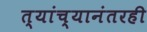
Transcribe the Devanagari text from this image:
त्यांच्यानंतरही